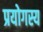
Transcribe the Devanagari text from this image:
प्रयोगस्य